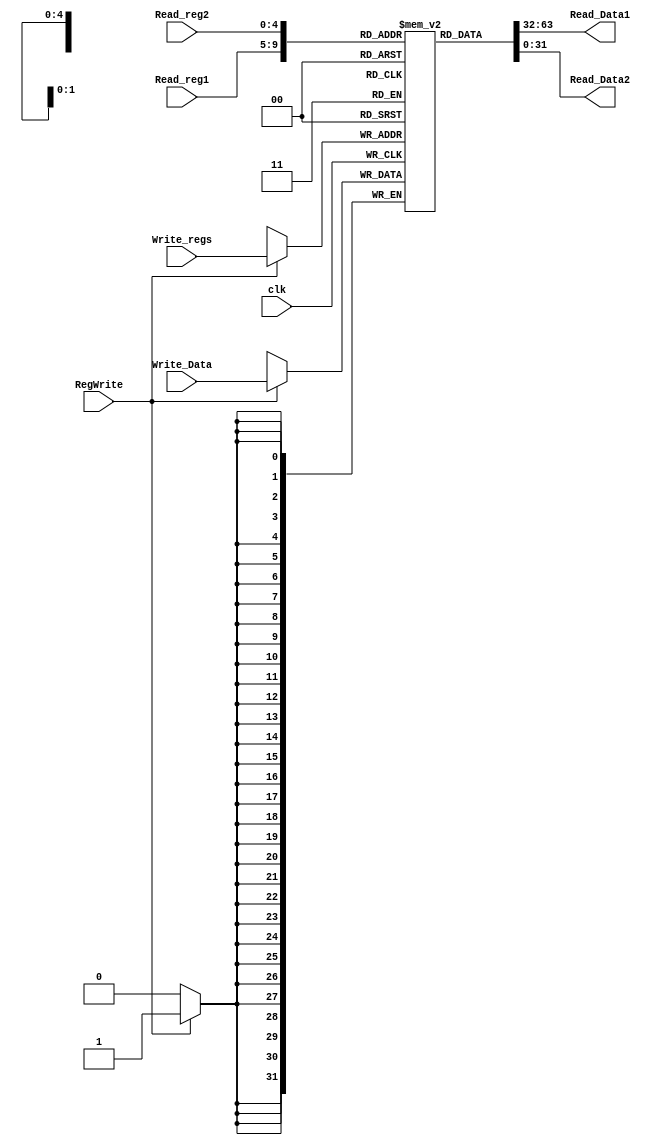
module Registers
#(parameter DATA_WIDTH=32, parameter ADDR_WIDTH=5)
(
 input clk,
 input [(ADDR_WIDTH-1):0] Read_reg1, Read_reg2, Write_regs,
 input [(DATA_WIDTH-1):0] Write_Data,
 output [(DATA_WIDTH-1):0] Read_Data1, Read_Data2,
 input RegWrite
);

 reg [DATA_WIDTH-1:0] registers[2**ADDR_WIDTH-1:0];
 
 assign Read_Data1 = registers[Read_reg1];
 assign Read_Data2 = registers[Read_reg2];

 always @ (negedge clk)
 begin
	if (RegWrite) registers[Write_regs] <= Write_Data;
 end
endmodule